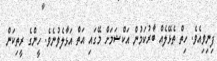
ފިނިވިއެވެ. ހިތް ތެޅޭލެއް ބާރުކަމުން އަކްޝަމަށް މޭގައި އަތް އަޅާލެވުނެވެ. ހީންގެ ރީތިކަން